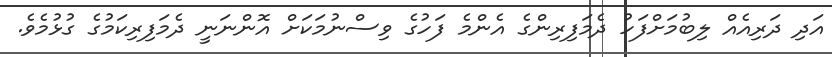
އަދި ދަރިއެއް ލިބުމަށްފަހު ދެމަފިރިންގެ އެންމެ ފަހުގެ ވިސްނުމަކަށް އޮންނަނީ ދެމަފިރިކަމުގެ ގުޅުމެވެ.